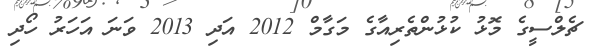
ޗެލްސީގެ މޮޅު ކުޅުންތެރިއާގެ މަގާމް 2012 އަދި 2013 ވަނަ އަހަރު ހޯދި